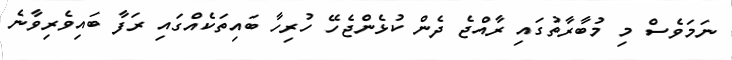
ނަމަވެސް މި މުބާރާތުގައި ރާއްޖެ ދެން ކުޅެންޖެހޭ ހުރިހާ ބައިތަކެއްގައި ރަފާ ބައިވެރިވާނެ